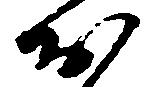
お